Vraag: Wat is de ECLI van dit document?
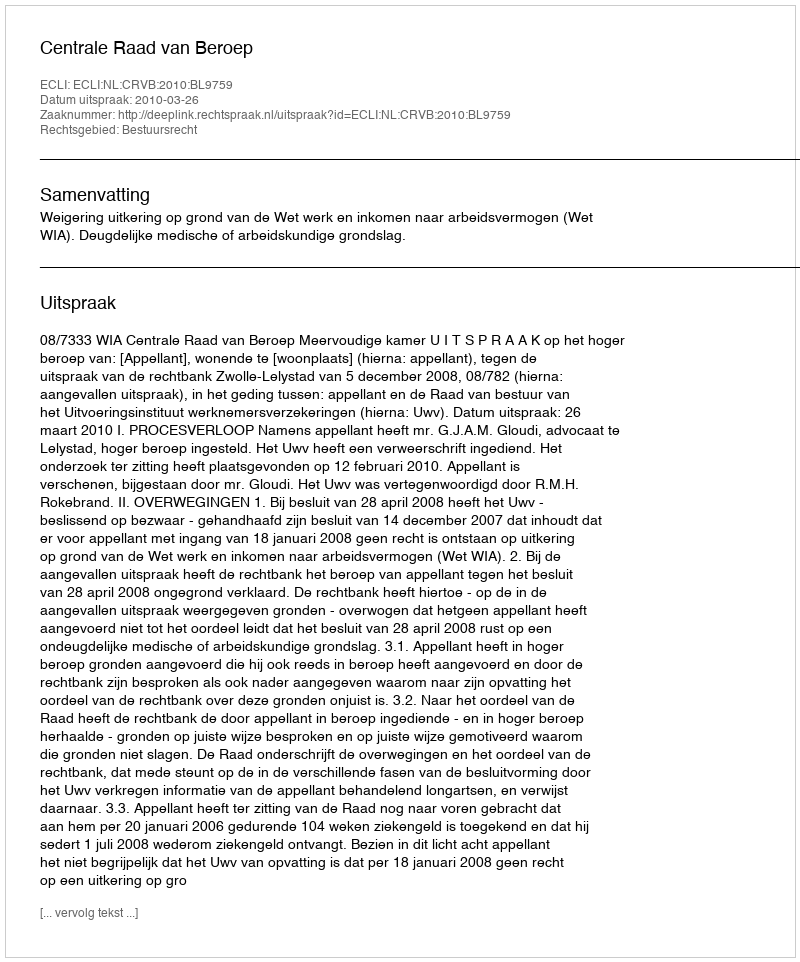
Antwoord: ECLI:NL:CRVB:2010:BL9759